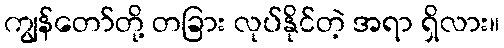
ကျွန်တော်တို့ တခြား လုပ်နိုင်တဲ့ အရာ ရှိလား။